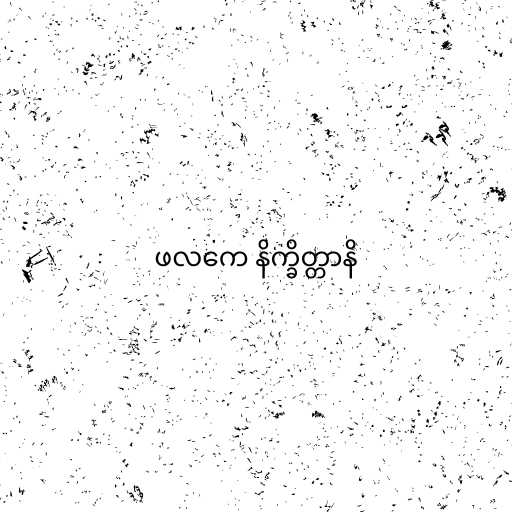
ဖလကေ နိက္ခိတ္တာနိ